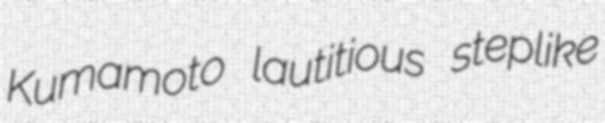
Kumamoto lautitious steplike